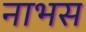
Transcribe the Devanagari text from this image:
नाभस